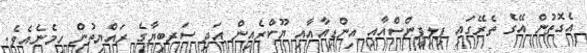
އެގޮތުން އޭގެ ތެރޭގައި ޕިލިޕީންސްއާއި އިންޑިއާއާއި ޔޫކްރެއިން އަދި ސަރބިޔާގެ ރައްޔިތުން ހިމެނެއެވެ.